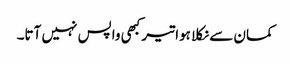
کمان سے نکلا ہوا تیر کبھی واپس نہیں آتا۔